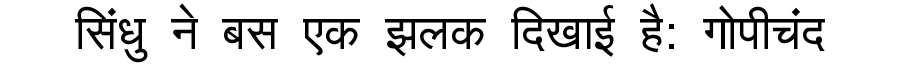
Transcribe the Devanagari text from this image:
सिंधु ने बस एक झलक दिखाई है: गोपीचंद